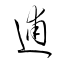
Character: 逋